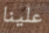
علينا